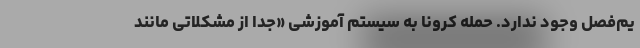
یم‌فصل وجود ندارد. حمله کرونا به سیستم آموزشی «جدا از مشکلاتی مانند